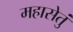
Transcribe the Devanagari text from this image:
महासेतुं